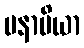
မနာပိယာ